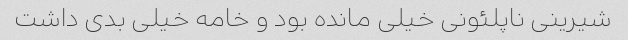
شیرینی ناپلئونی خیلی مانده بود و خامه خیلی بدی داشت